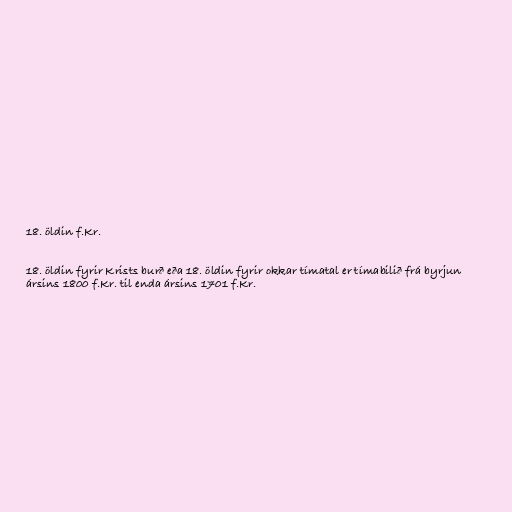
18. öldin f.Kr.

18. öldin fyrir Krists burð eða 18. öldin fyrir okkar tímatal er tímabilið frá byrjun
ársins 1800 f.Kr. til enda ársins 1701 f.Kr.